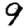
Digit: 9